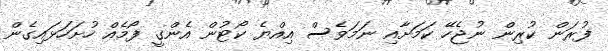
ފުރަން ކުރިން ނުޖެހޭ ކަމަށާއި ނަމަވެސް އިއްޔެ ކޯޓުން އެންގީ ފޯމެއް ހުށަހަޅައިގެން